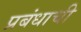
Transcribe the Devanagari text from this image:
प्रबंधाची